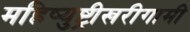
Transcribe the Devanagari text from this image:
महिष्युष्ट्रीखरीगामी